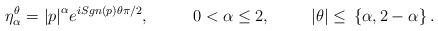
LaTeX: \begin{align*}{\eta}_{\alpha}^{\theta}={\left\vert{p}\right\vert}^{\alpha}e^{iSgn\left(p\right)\theta\pi/2},~~~~~~~~0<\alpha\leq{2},~~~~~~~\left|\theta\right|\leq{}\left\{\alpha,2-\alpha\right\}.\end{align*}